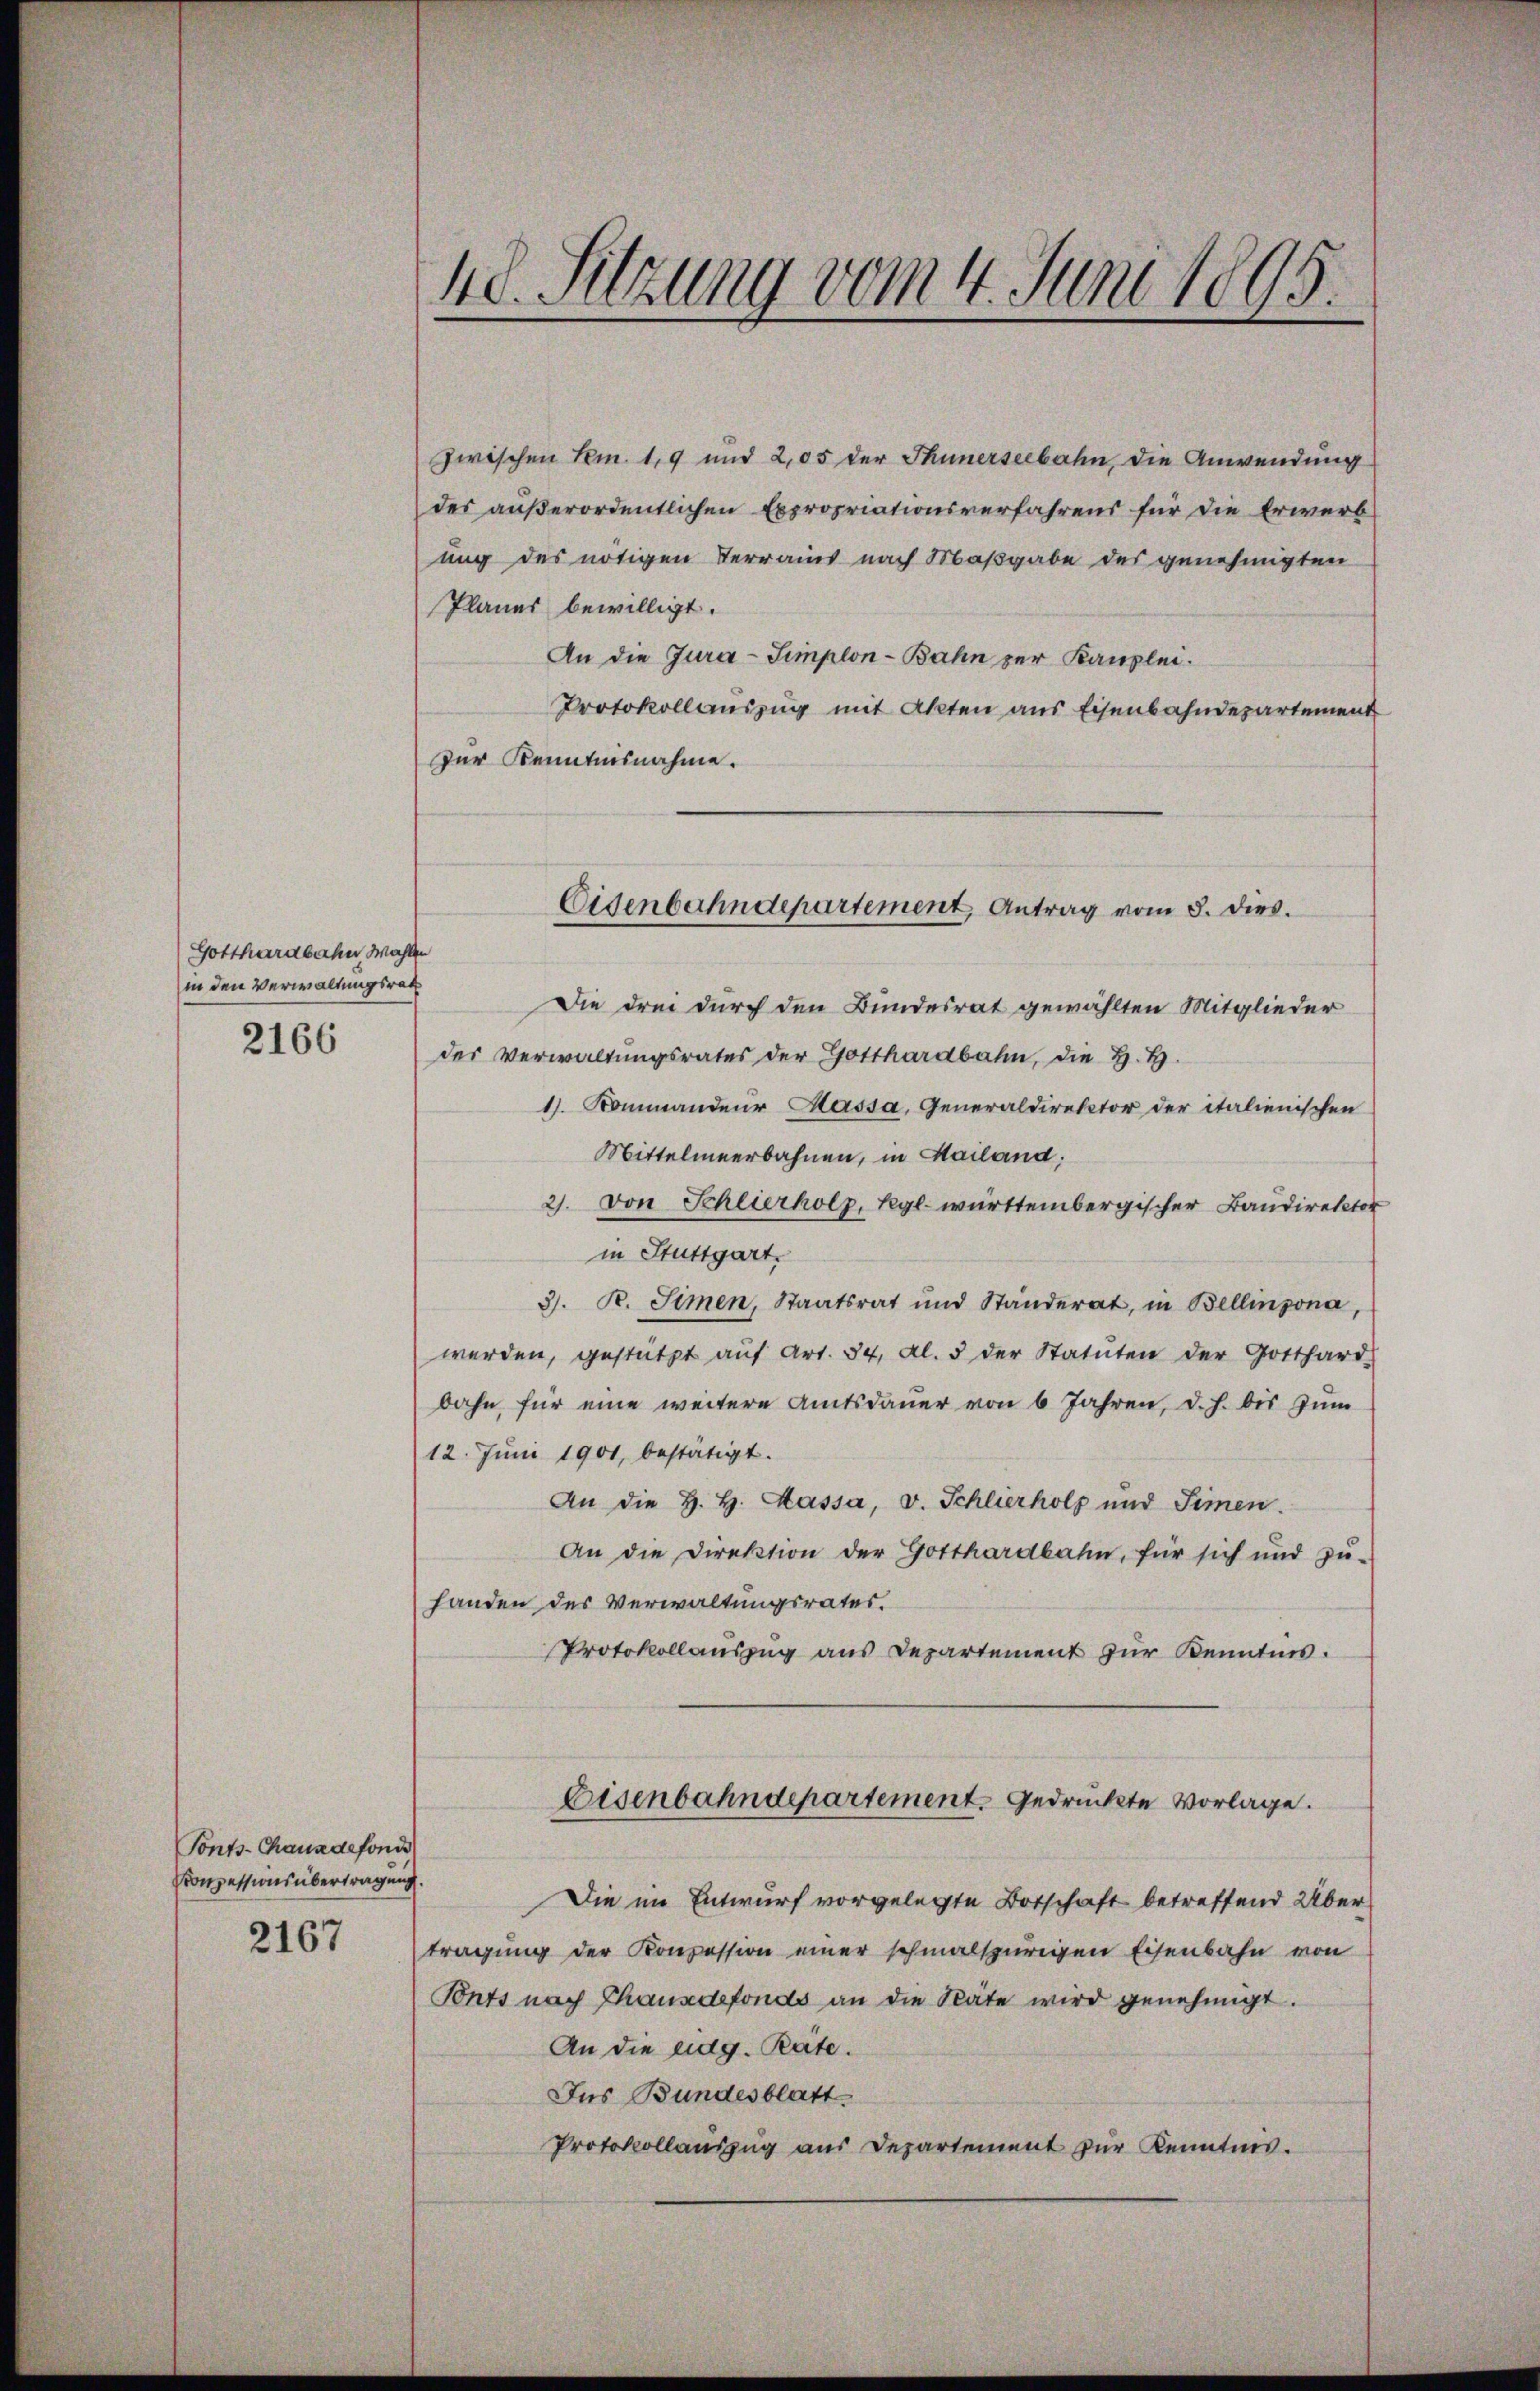
Gotthardbahn, Wahlen
in den Verwaltungsrath

2166

Tonts-Chaus defonde
Konzessionsübertragung.

2167

48. Sitzung vom 4. Juni 1895.

zwischen Kem. 1,9 und 2,05 der Thunerseebahn, die Anwendung
des außerordentlichen Expropriationsverfahrens für die Erwerb
ung des nötigen Terrains nach Maßgabe des genehmigten
Planes bewilligt.
An die Jura-Simplon-Bahn zur Kanzlei.
Protokollauszug mit Akten aus Eisenbahndepartement
zur Kenntnisnahme.
Die drei durch den Bundesrat gewählten Mitglieder
der Verwaltungsrates der Gotthardbahn, die H. H.
1. Kommandeur Hassa, Generaldirektor der italienischen
Mittelmeerbahnen, in Hailand.
2. von Schlierholz, Kgl. württembergischer Baudirektor
in Stuttgart.
3. R. Simen, Staatsrat und Ständerat, in Bellinzona,
werden, gestützt aŭf Art. 34, Al. 3 der Statŭten der Gotthard-
bahn für eine weitere Amtsdaŭer von 6 Jahren, d. h. bis zŭm
12. Juni 1901, bestätigt.
An die H. H. Hassa, v. Schlierholz und Simen.
An die Direktion der Gotthardbahn, für sich und zŭ-
handen des Verwaltungsrates.
Protokollauszug aus Departement zur Kenntnis.
Eisenbahndepartement gedruckte Vorlage.
Die im Entwurf vorgelegte Botschaft betreffend Übertragung der Konzession einer schmalspurigen Eisenbahn von
Ponts nach Thausdefonds an die Stäte wird genehmigt.
An die eidg. Räte.
Ins Bundesblatt
Protokollauszug aus Departement zur Kenntnis.

Eisenbahndepartement Antrag vom 8. dies.